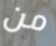
من